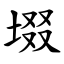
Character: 㙍